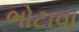
ભોટાવા